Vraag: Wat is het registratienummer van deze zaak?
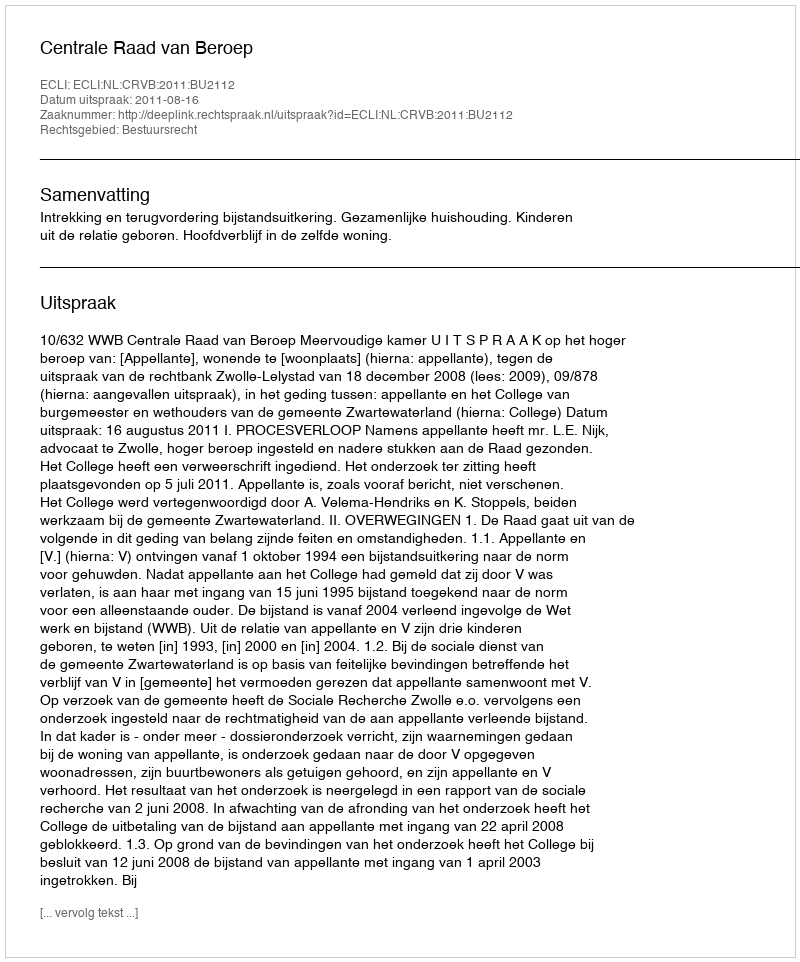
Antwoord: http://deeplink.rechtspraak.nl/uitspraak?id=ECLI:NL:CRVB:2011:BU2112